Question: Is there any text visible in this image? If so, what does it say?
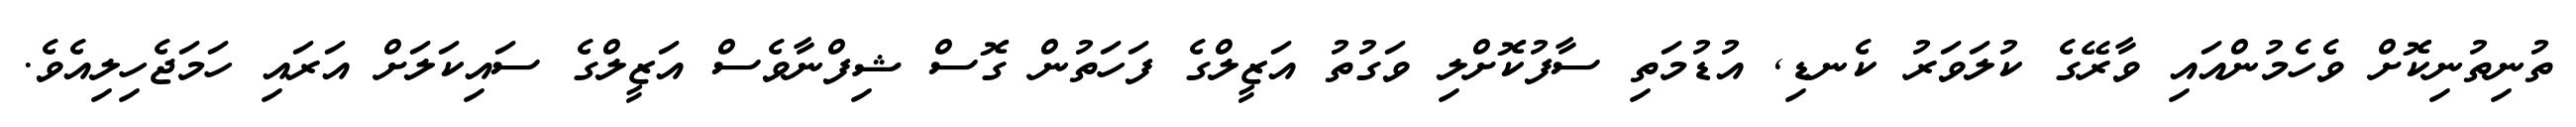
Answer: ތުނިތުނިކޮށް ވެހެމުންއައި ވާރޭގެ ކުލަވަރު ކެނޑި, އުޑުމަތި ސާފުކޮށްލި ވަގުތު އަޒީލްގެ ފަހަތުން ގޮސް ޝިފްނާވެސް އަޒީލްގެ ސައިކަލަށް އަރައި ހަމަޖެހިލިއެވެ.